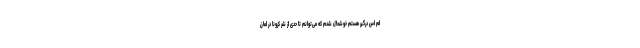
ام اس درگیر هستم خوشحال شدم که می‌توانم تا حدی از شر کرونا در امان